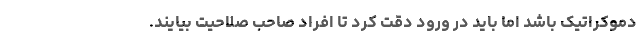
دموکراتیک باشد اما باید در ورود دقت کرد تا افراد صاحب صلاحیت بیایند.